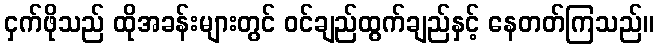
ငှက်ဖိုသည် ထိုအခန်းများတွင် ဝင်ချည်ထွက်ချည်နှင့် နေတတ်ကြသည်။